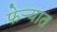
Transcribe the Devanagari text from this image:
फेऱ्यात